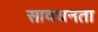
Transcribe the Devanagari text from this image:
सावधनता